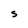
Character: S